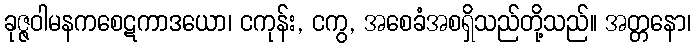
ခုဇ္ဇဝါမနကစေဋကာဒယော၊ ငကုန်း, ငကွ, အစေခံအစရှိသည်တို့သည်။ အတ္တနော၊